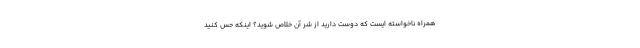
همراه ناخواسته ایست که دوست دارید از شر آن خلاص شوید؟ اینکه حس کنید